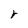
Character: r